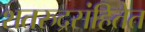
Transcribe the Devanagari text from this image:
शतरुद्रसंहितेत